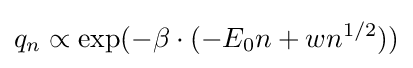
q_{n}\propto \exp(-\beta \cdot (-E_{0}n+wn^{1/2}))